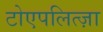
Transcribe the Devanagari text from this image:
टोएपलित्ज़ा